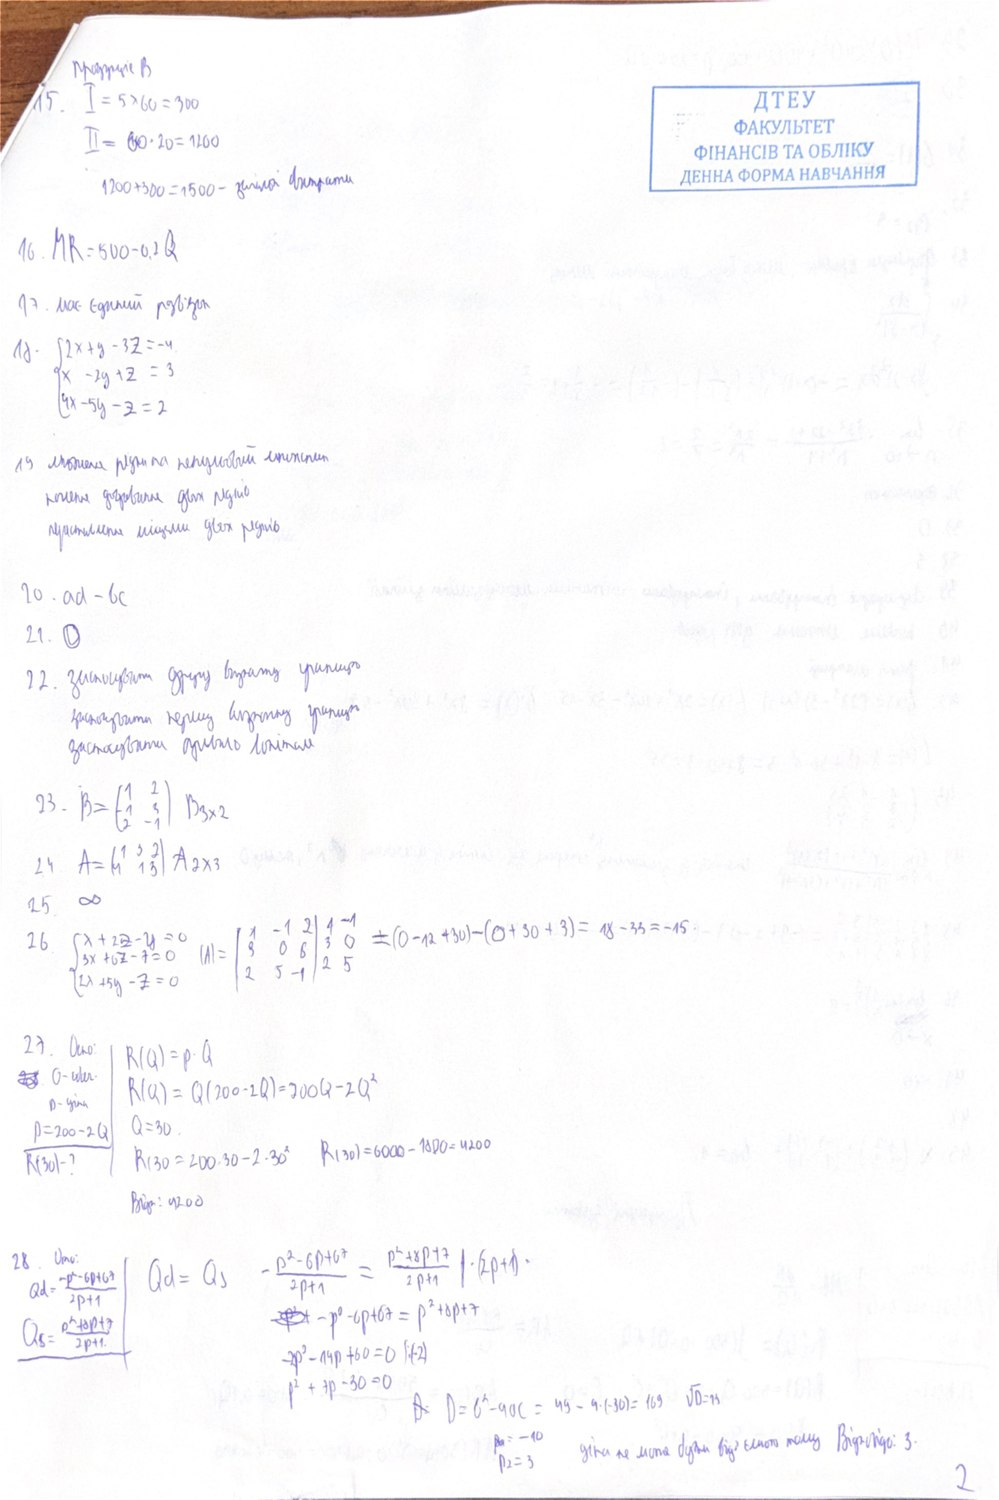
Продукція В
15. I = 5 · 60 = 300
II = 60 · 20 = 1200
1200+300=1500 - загальні витрати
16. MR = 500 - 0,2 Q
17. має єдиний розв'язок
18. \begin{cases} 2x + y - 3z = -4 \\ x - 2y + z = 3 \\ 4x - 5y - z = 2 \end{cases}
19 множення різниці на ненульовий множник
конечне додавання двох рядків
переставлення місцями двох рядків
20. ad - bc
21. 0
22. застосувати другу визначу границю
застосувати першу визначу границю
застосувати [Illegible] [Illegible]
23. B = \begin{pmatrix} 1 & 2 \\ -1 & 3 \\ 2 & -1 \end{pmatrix} B_{3 \times 2}
2.4 \quad A = \begin{pmatrix} 1 & 3 & 2 \\ 4 & 1 & 3 \end{pmatrix} A_{2 \times 3}
15  ∞
26. \begin{cases} x + 2z - y = 0 \\ 3x + 6z - z = 0 \\ 2x + 5y - z = 0 \end{cases} |A| = \begin{vmatrix} 1 & -1 & 2 \\ 3 & 0 & 6 \\ 2 & 5 & -1 \end{vmatrix} \begin{matrix} 1 & -1 \\ 3 & 0 \\ 2 & 5 \end{matrix} = (0 - 12 + 30) - (0 + 30 + 3) = 18 - 33 = -15
27. Осю
R(Q) = p · Q
~~28~~  Q - [Illegible]
   D - [Illegible]
   P= 200 - 2Q
   R(30) - &
R(Q) = Q(200 - 2Q) = 200Q - 2Q^2
Q = 30
R(30) = 6000 - 1800 = 4200
R(30 = 200.30 - 2.30^2
Відп: 4200
\begin{array}{l} 28. \text{ Umv:} \\ Q_d = \frac{-p^2 - 6p + 67}{2p + 1} \\ Q_s = \frac{p^2 + 8p + 7}{2p + 1} \\ \hline \end{array} \quad Q_d = Q_s \quad -\frac{p^2 - 6p + 67}{2p + 1} = \frac{p^2 + 8p + 7}{2p + 1} \mid \cdot (2p + 1) \\ -p^2 - 6p + 67 = p^2 + 8p + 7 \\ -2p^2 - 14p + 60 = 0 \mid :(-2) \\ p^2 + 7p - 30 = 0
~~D~~ D= b^2 - 4ac = 49 - 4 · (-30) = 169 ∑D = 13
ціна  не може бути від'ємного тому Відповідь: 3
p1 = -10 p2 = 3
2